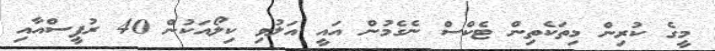
މީގެ ކުރިން މިތަކެތިން ޓެކްސް ނެގެމުން އައީ އަލުވި ކިލޯއަކުން 40 ރުޕީސްއާއި